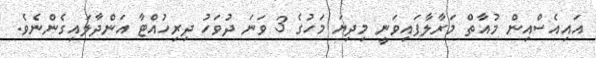
އައިއެސްއިން މުއާތް މަރާލާފައިވަނީ މިދިޔަ މަހުގެ 3 ވަނަ ދުވަހު ދިރިހުއްޓާ އަންދާލައިގެންނެވެ.